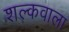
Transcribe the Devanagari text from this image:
शल्कवाला